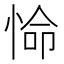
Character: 𭝕